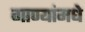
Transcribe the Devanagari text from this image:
गाण्यांमधे